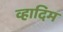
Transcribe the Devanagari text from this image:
व्हादिम